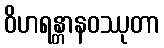
ဝိဟရန္တာနဝဿုတာ